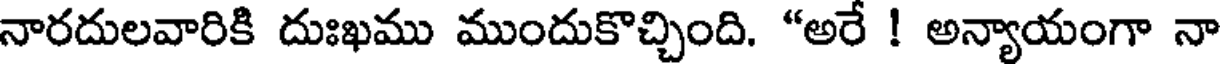
నారదులవారికి దుఃఖము ముందుకొచ్చింది. "అరే ! అన్యాయంగా నా